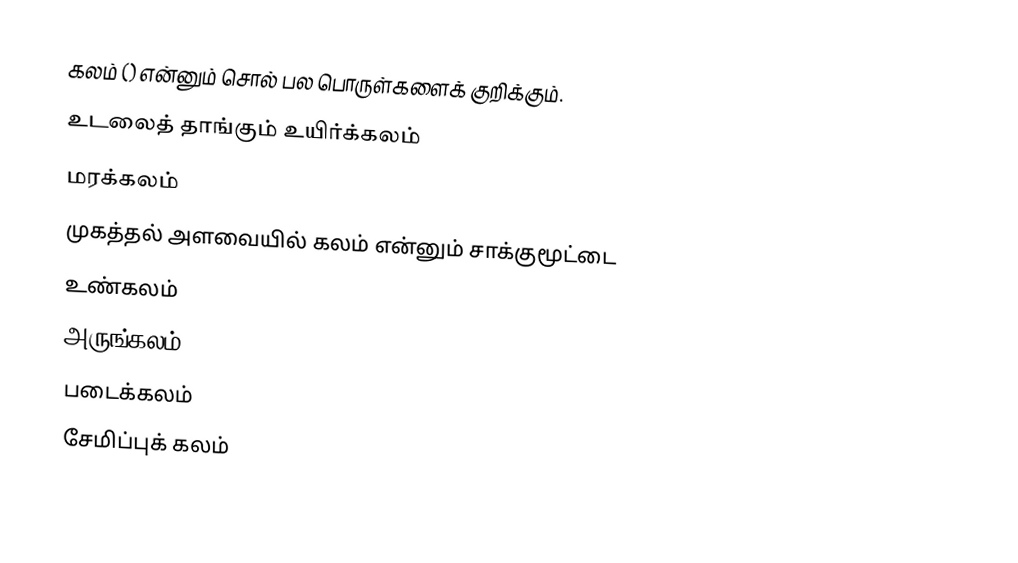
கலம்  ()  என்னும் சொல் பல பொருள்களைக் குறிக்கும்.
 உடலைத் தாங்கும் உயிர்க்கலம்
 மரக்கலம்
 முகத்தல் அளவையில் கலம் என்னும் சாக்குமூட்டை
 உண்கலம்
 அருங்கலம்
 படைக்கலம்
 சேமிப்புக் கலம்